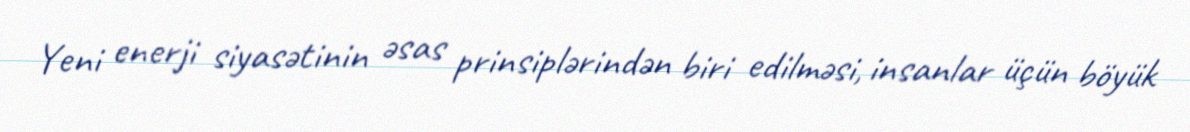
Yeni enerji siyasətinin əsas prinsiplərindən biri edilməsi, insanlar üçün böyük